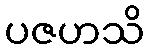
ပဇဟသိ